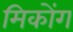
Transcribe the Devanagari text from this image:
मिकोंग